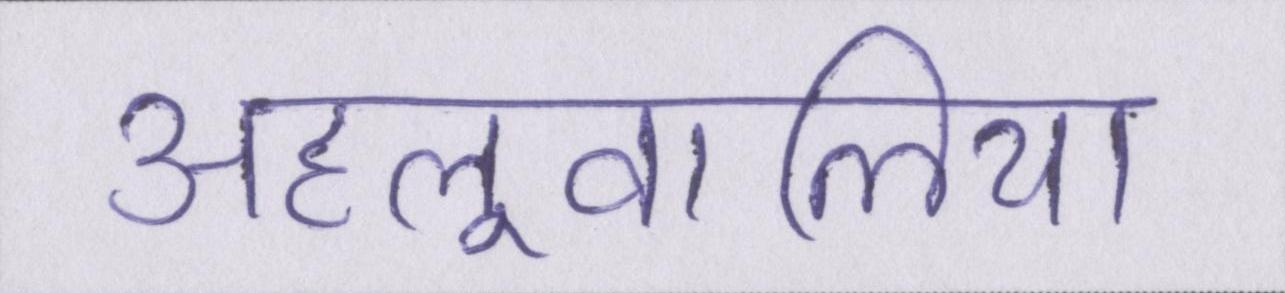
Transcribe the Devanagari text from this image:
अहलूवालिया